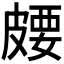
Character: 𪾈